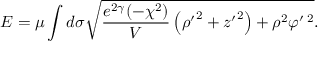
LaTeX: E = \mu \int d \sigma \sqrt { \frac { e ^ { 2 \gamma } ( - \chi ^ { 2 } ) } { V } \left( { \rho ^ { \prime } } ^ { 2 } + { z ^ { \prime } } ^ { 2 } \right) + \rho ^ { 2 } \varphi ^ { \prime \; 2 } } .